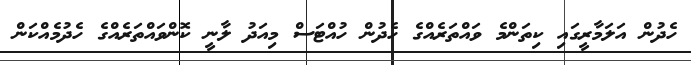
ހެދުން އަލަމާރީގައި ކިތަންމެ ވައްތަރެއްގެ ހެދުން ހުއްޓަސް މިއަދު ލާނީ ކޮންވައްތަރެއްގެ ހެދުމެއްކަން